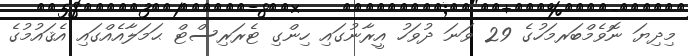
މިދިޔަ ނޮވެމްބަރމަހުގެ 29 ވަނަ ދުވަހު އީރާނުގައި ހިންގި ޓެރަރިސްޓް ޙަމަލާއެއްގައި އެޤައުމުގެ